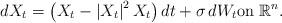
LaTeX: \begin{align*} d X_t &= \left( X_t - \left| X_t \right| ^{2} X_t \right) dt + \sigma \, dW_t \textrm{on} \; \mathbb{R}^n .\end{align*}